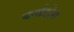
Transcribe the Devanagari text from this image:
बर्नाडोस